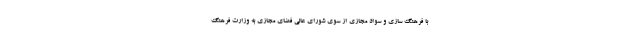
با فرهنگ سازی و سواد مجازی از سوی شورای عالی فضای مجازی به وزارت فرهنگ